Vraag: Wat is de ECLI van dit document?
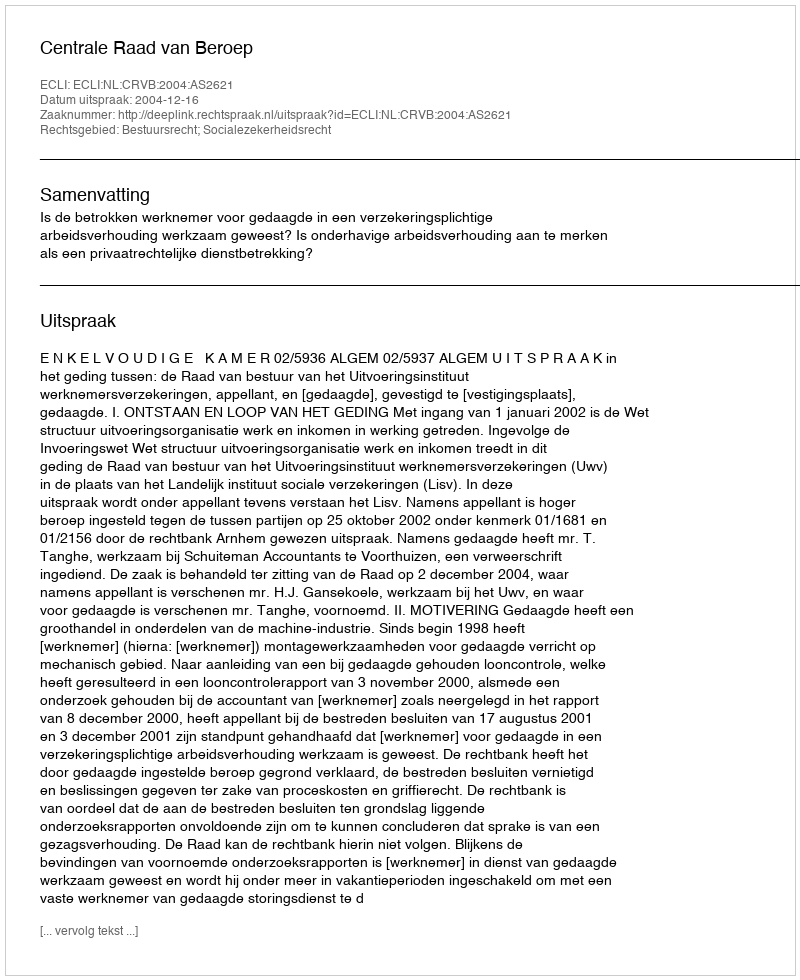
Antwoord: ECLI:NL:CRVB:2004:AS2621